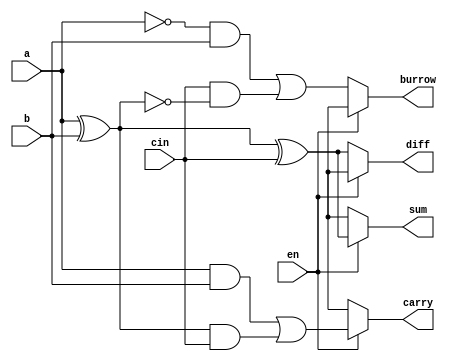
module add_sub(
		input a, b, cin, en,
		output sum, carry, diff, burrow
		);

// en = 1; Addition;
// en = 0; Subtraction;

// Dataflow Modelling

/*
// Sum 
assign sum	=	a^b^cin;
assign carry	=	(a&b) | ((a^b)&cin);

// Difference
assign diff	=	a^b^cin;
assign burrow	=	(~a & b) | (~(a^b) & cin);		
*/

// Conditional Operators
assign sum 	=	en?	(a^b^cin):(1'bx);
assign diff	=	en?	(1'bx):(a^b^cin);

assign carry	=	en?	( (a&b)|((a^b)&cin) ) : (1'bx);
assign burrow	=	en?	(1'bx)		      : ( (~a&b) | cin&(~(a^b) ));


endmodule